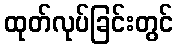
ထုတ်လုပ်ခြင်းတွင်